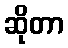
ဆိုတာ